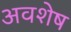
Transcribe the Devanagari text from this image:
अवशेष्‍ा